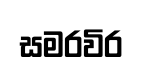
සමරවිර